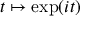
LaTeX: t \mapsto \exp ( i t )